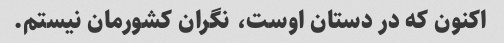
اکنون که در دستان اوست، نگران کشورمان نیستم.